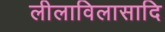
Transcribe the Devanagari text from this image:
लीलाविलासादि